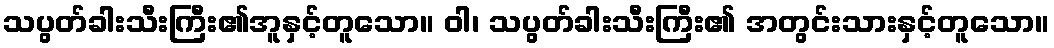
သပွတ်ခါးသီးကြီး၏အူနှင့်တူသော။ ဝါ၊ သပွတ်ခါးသီးကြီး၏ အတွင်းသားနှင့်တူသော။